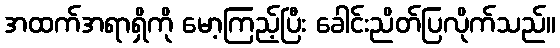
အထက်အရာရှိကို မော့ကြည့်ပြီး ခေါင်းညိတ်ပြလိုက်သည်။